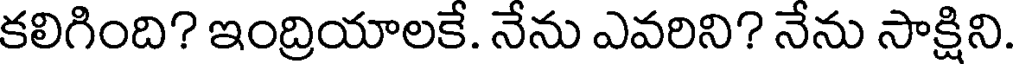
కలిగింది? ఇంద్రియాలకే. నేను ఎవరిని? నేను సాక్షిని.